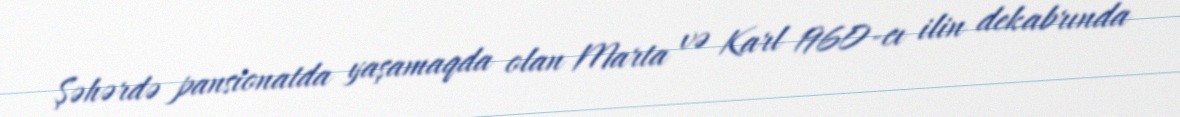
Şəhərdə pansionatda yaşamaqda olan Marta və Karl 1960-cı ilin dekabrında